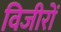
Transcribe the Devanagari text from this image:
विजीरों